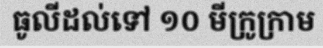
ធូលីដល់ទៅ ១០ មីក្រូក្រាម